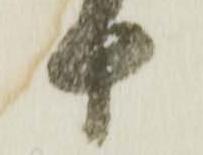
十